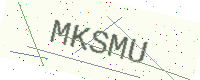
Text: MKSMU